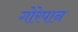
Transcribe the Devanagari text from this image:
गोरेपान